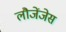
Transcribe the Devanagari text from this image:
लौजेंजेस